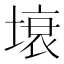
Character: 𭏗